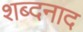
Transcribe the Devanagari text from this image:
शब्दनाद